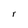
Character: r